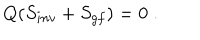
LaTeX: Q ( S _ { i n v } + S _ { g f } ) = 0 \; .